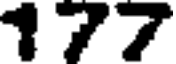
177